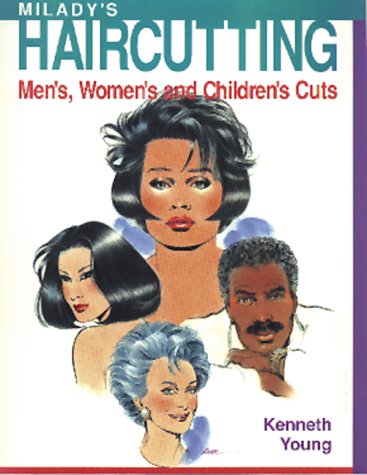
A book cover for Milady's Hair Cutting: A Technical Guide: Men's, Women's, and Children's Cuts; Kenneth Young; Health, Fitness & Dieting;